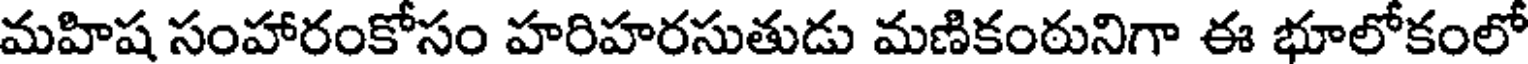
మహిష సంహారంకోసం హరిహరసుతుడు మణికంరునిగా ఈ భూలోకంలో